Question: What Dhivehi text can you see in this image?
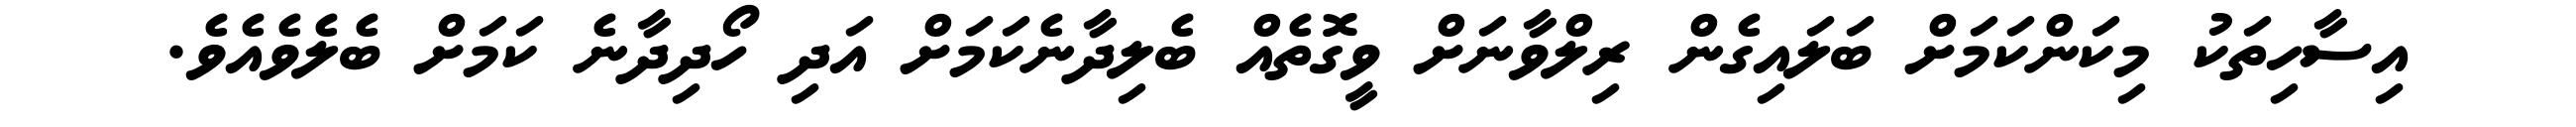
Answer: އިސާހިތަކު މިކަންކަމަށް ބަލައިގެން ރިލްވާނަށް ވީގޮތެއް ބެލިދާނެކަމަށް އަދި ހޯދިދާނެ ކަމަށް ބެލެވެއެވެ.